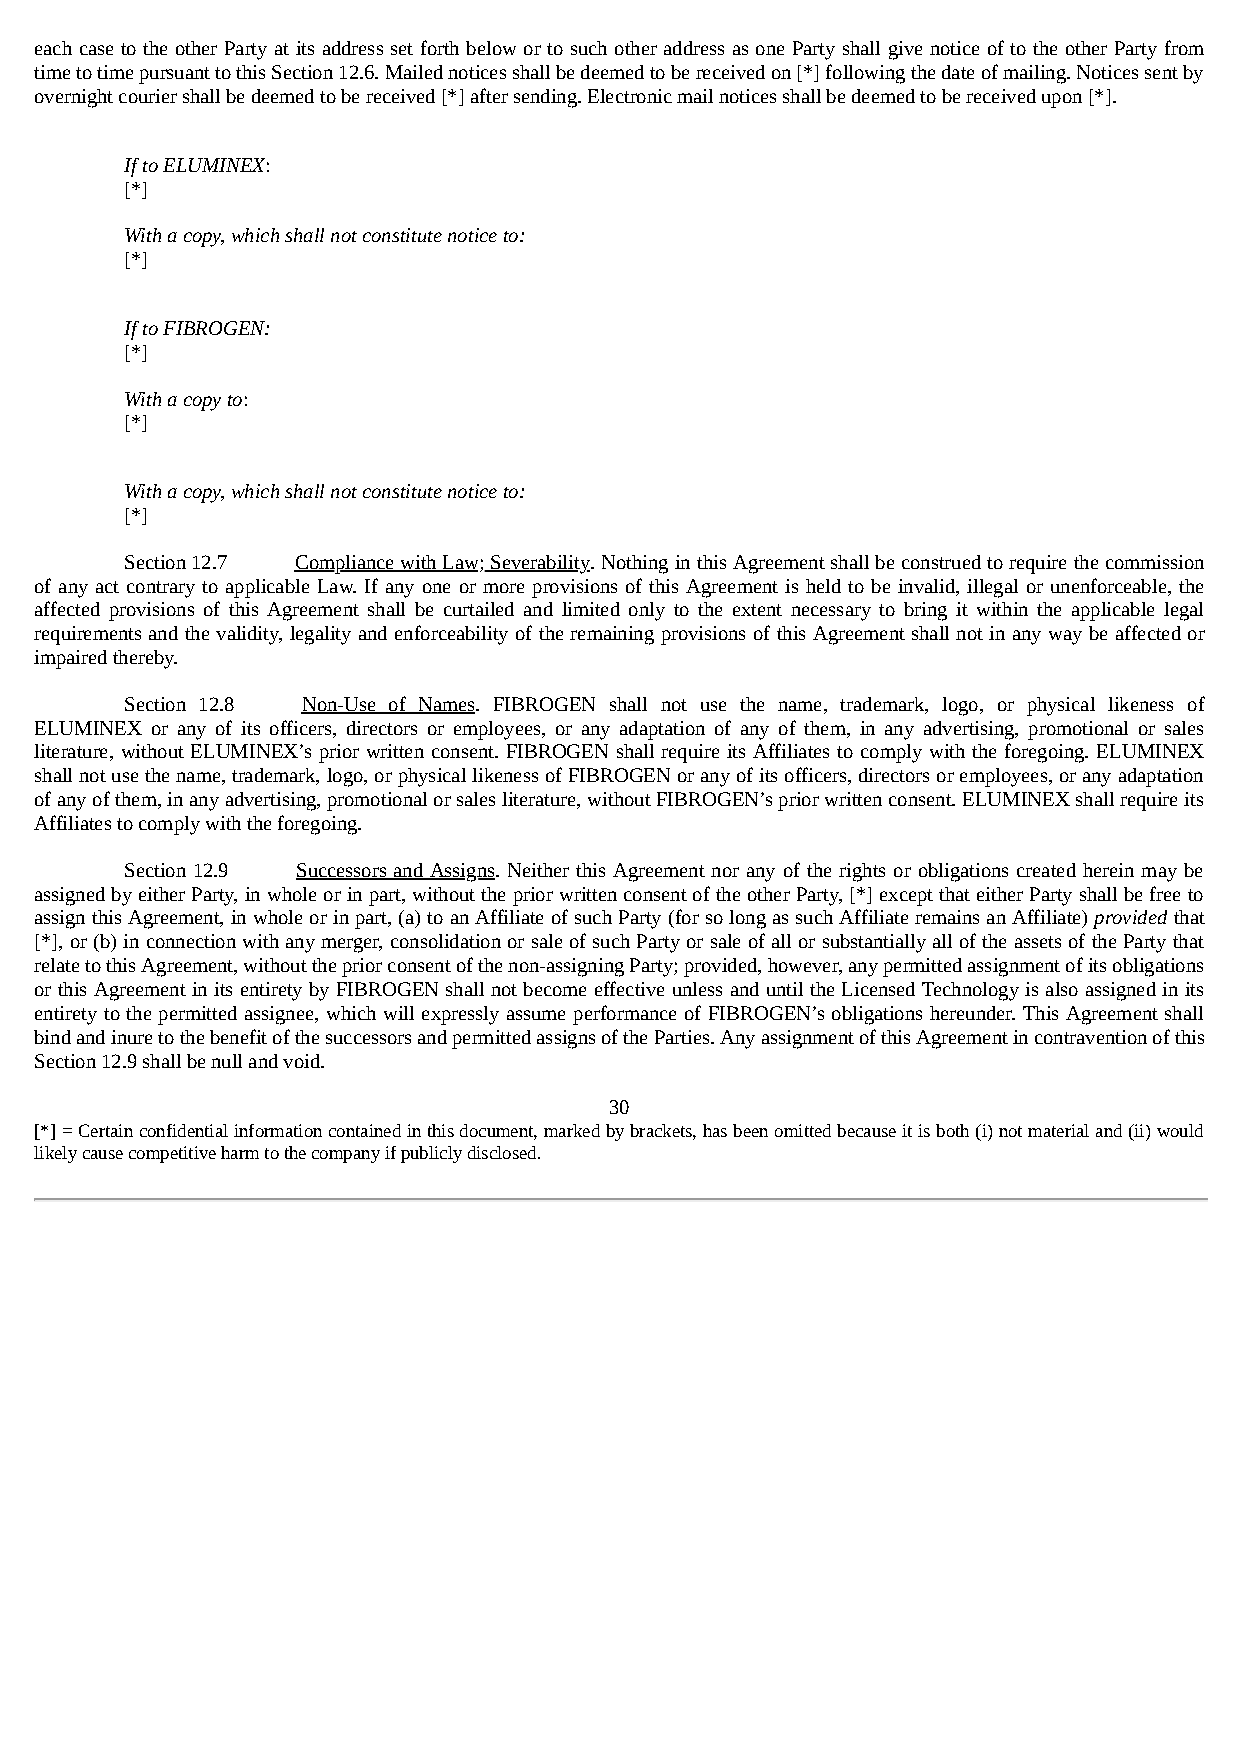
each case to the other Party at its address set forth below or to such other address as one Party shall give notice of to the other Party from
 time to time pursuant to this Section 12.6. Mailed notices shall be deemed to be received on [*] following the date of mailing. Notices sent by
 overnight courier shall be deemed to be received [*] after sending. Electronic mail notices shall be deemed to be received upon [*].
 If to ELUMINEX:
 [*]
 With a copy, which shall not constitute notice to:
 [*]
 If to FIBROGEN:
 [*]
 With a copy to:
 [*]
 With a copy, which shall not constitute notice to:
 [*]
 Section 12.7 Compliance with Law; Severability. Nothing in this Agreement shall be construed to require the commission
 of any act contrary to applicable Law. If any one or more provisions of this Agreement is held to be invalid, illegal or unenforceable, the
 affected provisions of this Agreement shall be curtailed and limited only to the extent necessary to bring it within the applicable legal
 requirements and the validity, legality and enforceability of the remaining provisions of this Agreement shall not in any way be affected or
 impaired thereby.
 Section 12.8 Non-Use of Names. FIBROGEN shall not use the name, trademark, logo, or physical likeness of
 ELUMINEX or any of its officers, directors or employees, or any adaptation of any of them, in any advertising, promotional or sales
 literature, without ELUMINEX’s prior written consent. FIBROGEN shall require its Affiliates to comply with the foregoing. ELUMINEX
 shall not use the name, trademark, logo, or physical likeness of FIBROGEN or any of its officers, directors or employees, or any adaptation
 of any of them, in any advertising, promotional or sales literature, without FIBROGEN’s prior written consent. ELUMINEX shall require its
 Affiliates to comply with the foregoing.
 Section 12.9 Successors and Assigns. Neither this Agreement nor any of the rights or obligations created herein may be
 assigned by either Party, in whole or in part, without the prior written consent of the other Party, [*] except that either Party shall be free to
 assign this Agreement, in whole or in part, (a) to an Affiliate of such Party (for so long as such Affiliate remains an Affiliate) provided that
 [*], or (b) in connection with any merger, consolidation or sale of such Party or sale of all or substantially all of the assets of the Party that
 relate to this Agreement, without the prior consent of the non-assigning Party; provided, however, any permitted assignment of its obligations
 or this Agreement in its entirety by FIBROGEN shall not become effective unless and until the Licensed Technology is also assigned in its
 entirety to the permitted assignee, which will expressly assume performance of FIBROGEN’s obligations hereunder. This Agreement shall
 bind and inure to the benefit of the successors and permitted assigns of the Parties. Any assignment of this Agreement in contravention of this
 Section 12.9 shall be null and void.
 30
 [*] = Certain confidential information contained in this document, marked by brackets, has been omitted because it is both (i) not material and (ii) would
 likely cause competitive harm to the company if publicly disclosed.